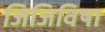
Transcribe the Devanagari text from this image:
जिजिविषा